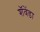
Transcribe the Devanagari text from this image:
शॅवेंडा